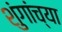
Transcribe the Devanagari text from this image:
शुंगांच्या